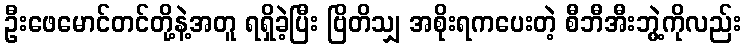
ဦးဖေမောင်တင်တို့နဲ့အတူ ရရှိခဲ့ပြီး ဗြိတိသျှ အစိုးရကပေးတဲ့ စီဘီအီးဘွဲ့ကိုလည်း